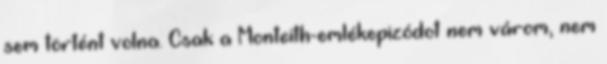
sem történt volna. Csak a Monteith-emlékepizódot nem várom, nem